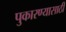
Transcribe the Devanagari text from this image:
पुकारण्यासाठी